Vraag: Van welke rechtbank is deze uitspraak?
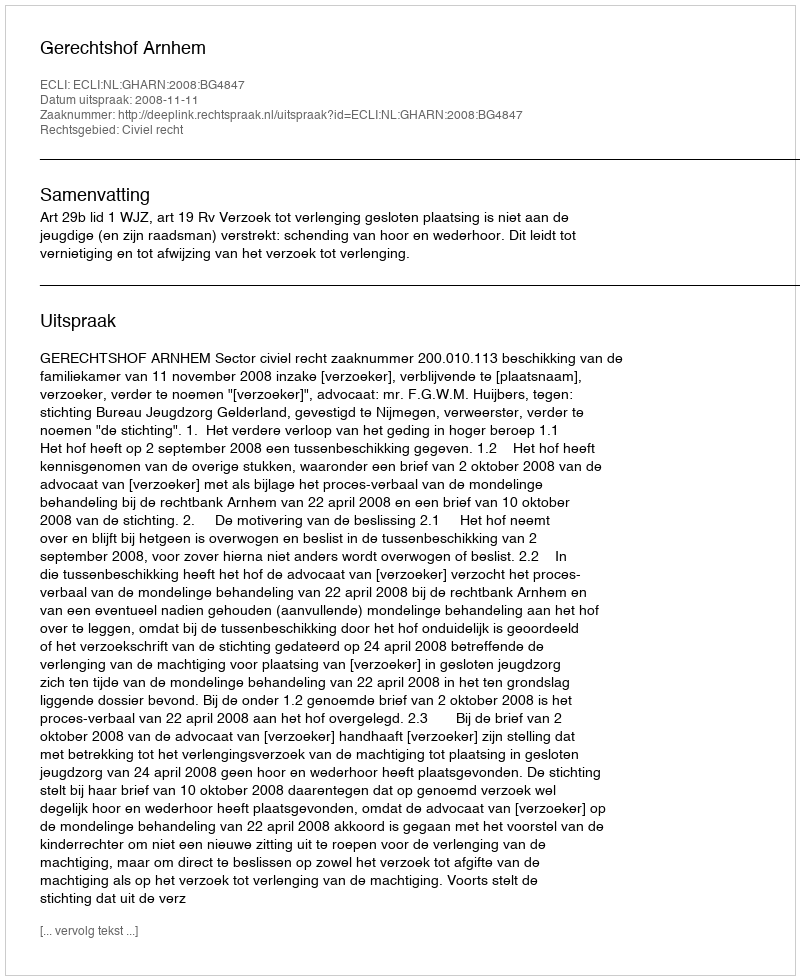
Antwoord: Gerechtshof Arnhem